Report on the working of the mental hospitals for Indians in Bihar and Orissa - 1925-1929
Year: 1925
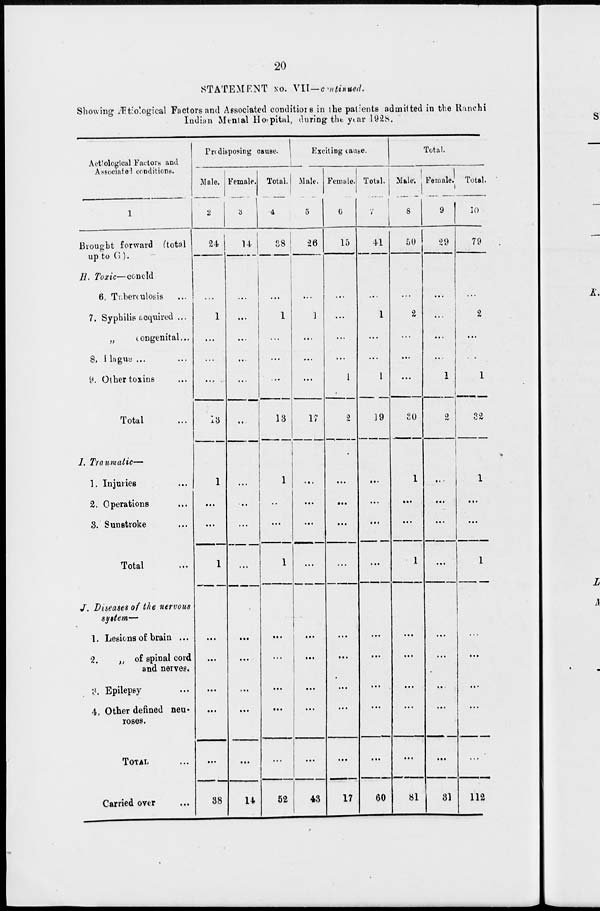
20
STATEMENT No. VII —continued.
Showing Ætiological Factors and Associated conditions in the patients admitted in the Ranchi
Indian Mental Hospital, during the year 1928.
Aetiological Factors and
Associated conditions.
1
Brought forward (total
up to G ).
H. Toxic— concld
6. Tuberculosis
7. Syphilis acquired ...
„
congenital...
8. Plague ...
9. Other toxins ...
Total ...
I. Traumatic—
1. Injuries ...
2. Operations
3. Sunstroke
Total ...
J. Diseases of the nervous
system—
1. Lesions of brain ...
2.
„ of spinal cord
and nerves.
3. Epilepsy ...
4. Other defined neu-
roses.
TOTAL ...
Carried over ...
Predisposing cause.
Male.
2
24
...
1
...
...
...
13
1
...
...
1
...
...
...
...
...
38
Female.
3
14
...
...
...
...
...
...
...
...
...
...
...
...
...
...
...
14
Total.
4
88
...
1
...
...
...
13
1
...
...
1
...
...
...
...
...
52
Exciting cause.
Male.
5
26
...
1
...
...
...
17
...
...
...
...
...
...
...
...
...
43
Female.
6
15
...
...
...
...
1
2
...
...
...
...
...
...
...
...
...
17
Total.
7
41
...
1
...
...
1
19
...
...
...
...
...
...
...
...
...
60
Total.
Male.
8
50
...
2
...
...
...
30
1
...
...
1
...
...
...
...
...
81
Female.
9
29
...
...
...
...
1
2
...
...
...
...
...
...
...
...
...
31
Total.
10
79
...
2
...
...
1
32
1
...
...
1
...
...
...
...
...
112